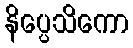
နိပ္ပေသိကော